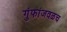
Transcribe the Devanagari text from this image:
गुंफांजवळच